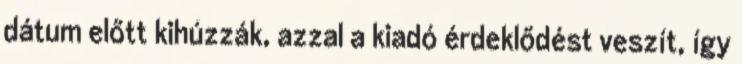
dátum előtt kihúzzák, azzal a kiadó érdeklődést veszít, így